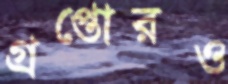
গ্রপ্তোরও